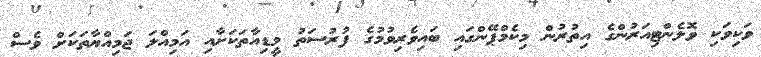
ވަކިވަކި ވޮލެންޓިއަރުންގެ އިތުރުން މިކެމްޕޭންގައި ބައިވެރިވުމުގެ ފުރުސަތު މީޑިއާތަކަށާއި އަމިއްލަ ޖަމިއްޔާތަކަށް ވެސް